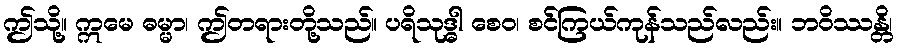
ဤသို့။ ဣမေ ဓမ္မာ၊ ဤတရားတို့သည်။ ပရိသုဒ္ဓါ စေဝ၊ စင်ကြယ်ကုန်သည်လည်း။ ဘဝိဿန္တိ၊